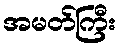
အမတ်ကြီး